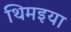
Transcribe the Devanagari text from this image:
थिमइया